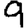
Digit: 9